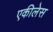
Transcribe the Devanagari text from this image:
एकीलेस